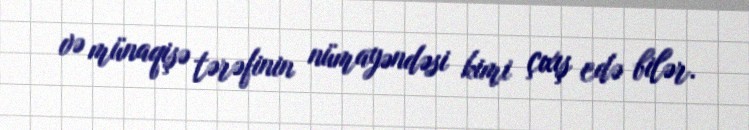
və münaqişə tərəfinin nümayəndəsi kimi çıxış edə bilər.